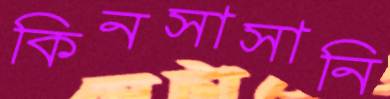
কিনসাসানি